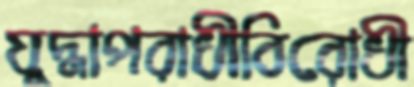
যুদ্ধাপরাধীবিরোধী